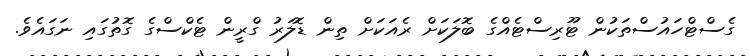
ގެސްޓްހައުސްތަކުން ޓޫރިސްޓެއްގެ ބޮލަކަށް ރެއަކަށް ތިން ޑޮލަރު ގްރީން ޓެކްސްގެ ގޮތުގައި ނަގައެވެ.